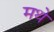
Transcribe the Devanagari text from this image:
मथे